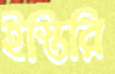
ইস্তিরি